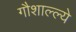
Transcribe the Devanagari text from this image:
गौशाल्ल्ये